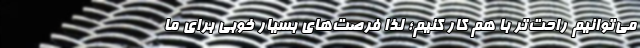
می‌توانیم راحت‌تر با هم کار کنیم؛ لذا فرصت‌های بسیار خوبی برای ما